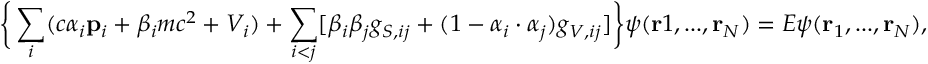
\bigg \{ \sum _ { i } ( c \alpha _ { i } \mathbf { p } _ { i } + \beta _ { i } m c ^ { 2 } + V _ { i } ) + \sum _ { i < j } [ \beta _ { i } \beta _ { j } g _ { S , i j } + ( 1 - \alpha _ { i } \cdot \alpha _ { j } ) g _ { V , i j } ] \bigg \} \psi ( \mathbf { r } 1 , . . . , \mathbf { r } _ { N } ) = E \psi ( \mathbf { r } _ { 1 } , . . . , \mathbf { r } _ { N } ) ,